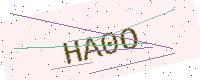
Text: HA0O